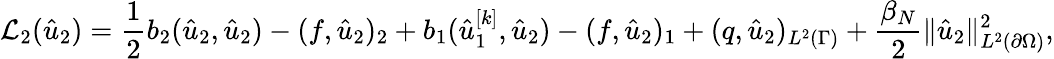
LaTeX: \mathcal{L}_{2}(\hat{u}_{2})=\frac 12b_{2}(\hat{u}_{2},\hat{u}_{2})-(f,\hat{u}_{2})_{2}+b_{1}(\hat{u}_{1}^{[k]},\hat{u}_{2})-(f,\hat{u}_{2})_{1}+(q,\hat{u}_{2})_{L^{2}(\Gamma)}+\frac{\beta_{N}}{2}\lVert\hat{u}_{2}\rVert_{L^{2}(\partial\Omega)}^{2},